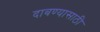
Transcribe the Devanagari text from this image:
दाबण्यासाठी